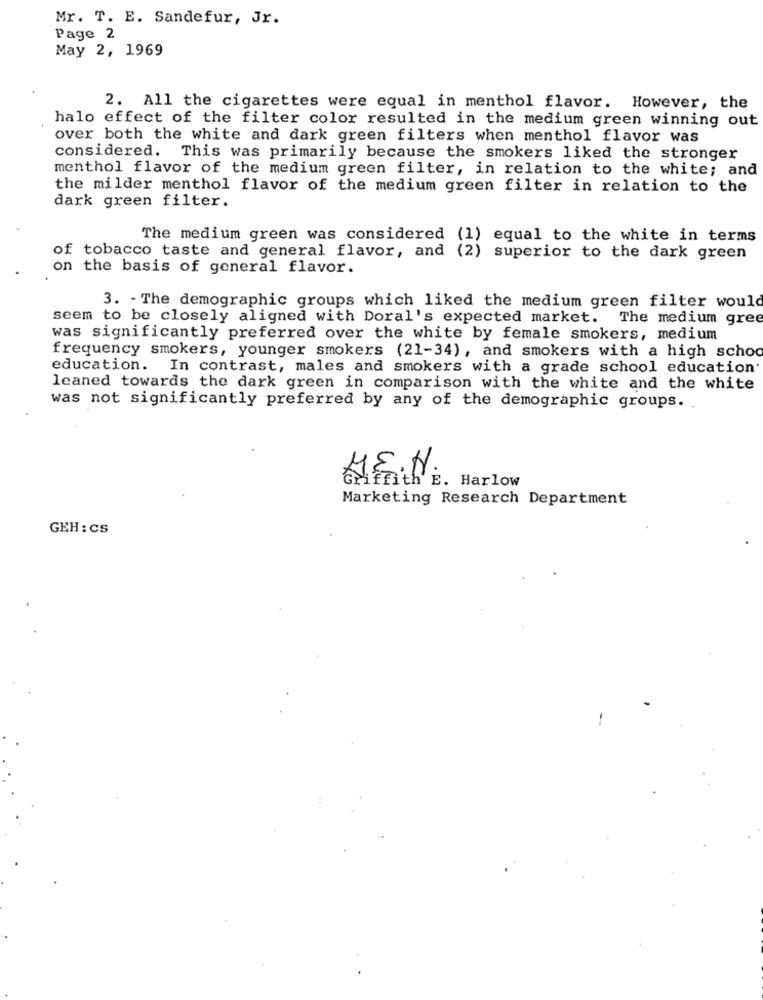
Mr. T. E. Sandefur, Jr.
Page 2
May 2, 1969
2. All the cigarettes were equal in menthol flavor. However, the
halo effect of the filter color resulted in the medium green winning out
over both the white and dark green filters when menthol flavor was
considered. This was primarily because the smokers liked the stronger
menthol flavor of the medium green filter, in relation to the white; and
the milder menthol flavor of the medium green filter in relation to the
dark green filter.
The medium green was considered (1) equal to the white in terms
of tobacco taste and general flavor, and (2) superior to the dark green
on the basis of general flavor.
3. - The demographic groups which liked the medium green filter would
seem to be closely aligned with Doral's expected market. The medium gree
was significantly preferred over the white by female smokers, medium
frequency smokers, younger smokers (21-34), and smokers with a high schoo
education.
In contrast, males and smokers with a grade school education
leaned towards the dark green in comparison with the white and the white
was not significantly preferred by any of the demographic groups ..
HEN.
ith E. Harlow
Marketing Research Department
GEH : CS